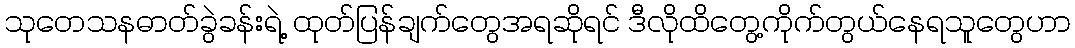
သုတေသနဓာတ်ခွဲခန်းရဲ့ ထုတ်ပြန်ချက်တွေအရဆိုရင် ဒီလိုထိတွေ့ကိုက်တွယ်နေရသူတွေဟာ